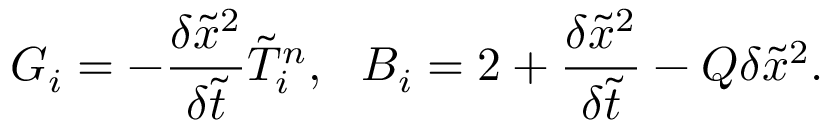
{ G _ { i } } = - \frac { { \delta { { \tilde { x } } ^ { 2 } } } } { { \delta \tilde { t } } } \tilde { T } _ { i } ^ { n } , ~ ~ { B _ { i } } = 2 + \frac { { \delta { { \tilde { x } } ^ { 2 } } } } { { \delta \tilde { t } } } - Q \delta { \tilde { x } ^ { 2 } } .